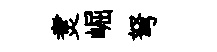
煑崛弩